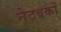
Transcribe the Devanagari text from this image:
नेटवर्को